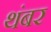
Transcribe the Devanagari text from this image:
थंबर